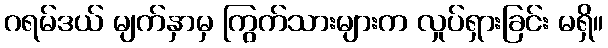
ဂရမ်ဒယ် မျက်နှာမှ ကြွက်သားများက လှုပ်ရှားခြင်း မရှိ။